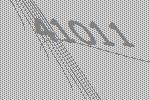
41011